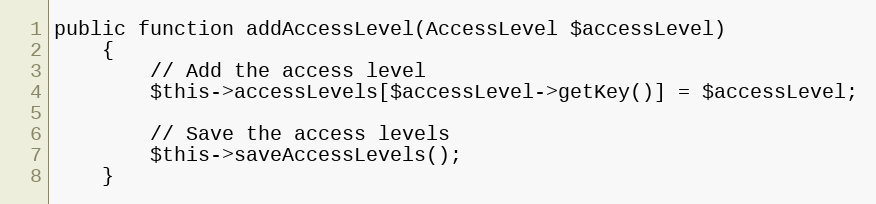
Language: PHP
public function addAccessLevel(AccessLevel $accessLevel)
    {
        // Add the access level
        $this->accessLevels[$accessLevel->getKey()] = $accessLevel;

        // Save the access levels
        $this->saveAccessLevels();
    }